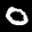
Label: 0